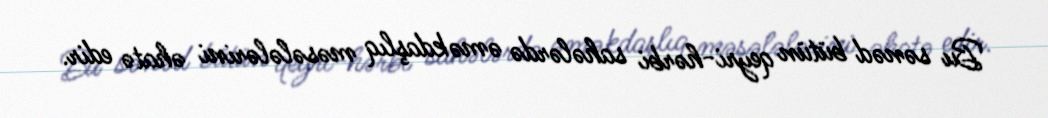
Bu sənəd bütün qeyri-hərbi sahələrdə əməkdaşlıq məsələlərini əhatə edir.